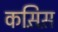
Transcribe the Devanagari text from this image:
कस़िस़